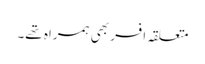
متعلقہ افسر بھی ہمراہ تھے۔